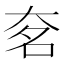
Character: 㚚